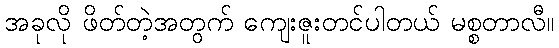
အခုလို ဖိတ်တဲ့အတွက် ကျေးဇူးတင်ပါတယ် မစ္စတာလီ။